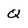
Character: Q